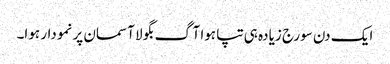
ایک دن سورج زیادہ ہی تپا ہوا آگ بگولا آسمان پر نمودار ہوا۔